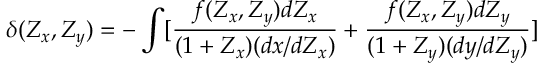
\delta ( Z _ { x } , Z _ { y } ) = - \int [ \frac { f ( Z _ { x } , Z _ { y } ) d Z _ { x } } { ( 1 + Z _ { x } ) ( d x / d Z _ { x } ) } + \frac { f ( Z _ { x } , Z _ { y } ) d Z _ { y } } { ( 1 + Z _ { y } ) ( d y / d Z _ { y } ) } ]